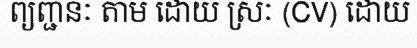
ព្យញ្ជនៈ តាម ដោយ ស្រៈ (CV) ដោយ